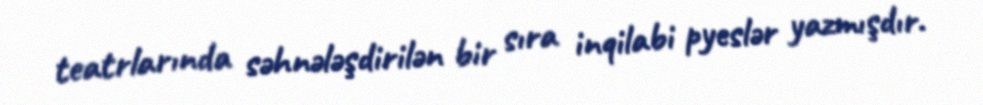
teatrlarında səhnələşdirilən bir sıra inqilabi pyeslər yazmışdır.